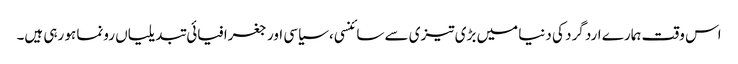
اس وقت ہمارے ارد گرد کی دنیا میں بڑی تیزی سے سائنسی، سیاسی اور جغرافیائی تبدیلیاں رونما ہو رہی ہیں۔